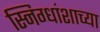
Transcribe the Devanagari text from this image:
स्निग्धांशाच्या